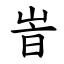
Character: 峕